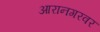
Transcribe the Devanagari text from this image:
आरानगरवर